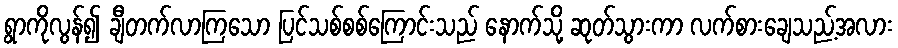
ရွာကိုလွန်၍ ချီတက်လာကြသော ပြင်သစ်စစ်ကြောင်းသည် နောက်သို့ ဆုတ်သွားကာ လက်စားချေသည့်အလား